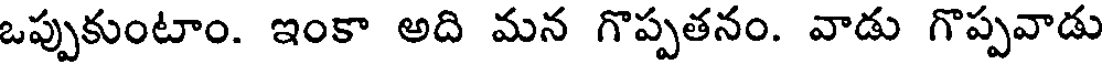
ఒప్పుకుంటాం. ఇంకా అది మన గొప్పతనం. వాడు గొప్పవాడు